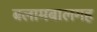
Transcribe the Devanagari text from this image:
बलामबालगह